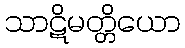
သာဋိမတ္တိယော